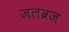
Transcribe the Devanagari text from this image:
जलव्रज